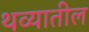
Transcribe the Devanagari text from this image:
थव्यातील